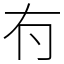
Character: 𠕇